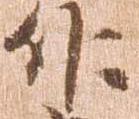
作